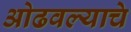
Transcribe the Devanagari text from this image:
ओढवल्याचे